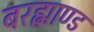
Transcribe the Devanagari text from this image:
बरह्माण्ड